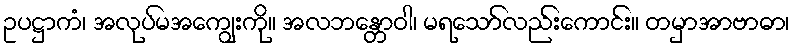
ဥပဋ္ဌာကံ၊ အလုပ်မအကျွေးကို။ အလဘန္တောဝါ၊ မရသော်လည်းကောင်း။ တမှာအာဗာဓာ၊